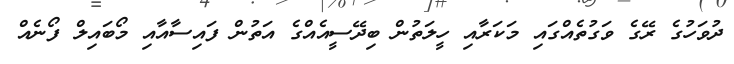
ދުވަހުގެ ރޭގެ ވަގުތެއްގައި މަކަރާއި ހީލަތުން ބިދޭސީއެއްގެ އަތުން ފައިސާއާއި މޯބައިލް ފޯނެއް